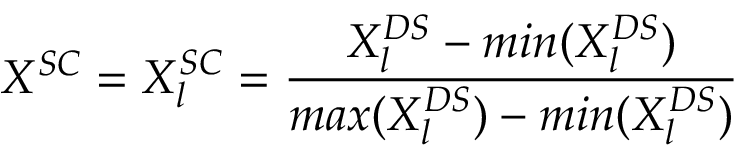
X ^ { S C } = X _ { l } ^ { S C } = \frac { X _ { l } ^ { D S } - m i n ( X _ { l } ^ { D S } ) } { m a x ( X _ { l } ^ { D S } ) - m i n ( X _ { l } ^ { D S } ) }